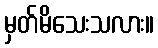
မှတ်မိသေးသလား။